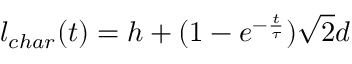
l _ { c h a r } ( t ) = h + ( 1 - e ^ { - \frac { t } { \tau } } ) \sqrt { 2 } d